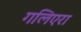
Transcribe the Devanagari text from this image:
गलिएरा